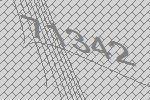
71342